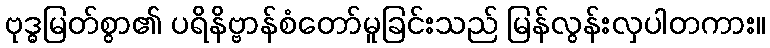
ဗုဒ္ဓမြတ်စွာ၏ ပရိနိဗ္ဗာန်စံတော်မူခြင်းသည် မြန်လွန်းလှပါတကား။